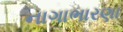
નાગાભારણા